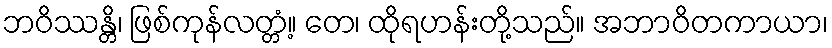
ဘဝိဿန္တိ၊ ဖြစ်ကုန်လတ္တံ့။ တေ၊ ထိုရဟန်းတို့သည်။ အဘာဝိတကာယာ၊